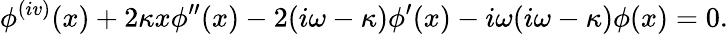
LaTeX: \phi^{(iv)}(x)+2\kappa x\phi^{\prime\prime}(x)-2(i\omega-\kappa)\phi^{\prime}(x)-i\omega(i\omega-\kappa)\phi(x)=0.